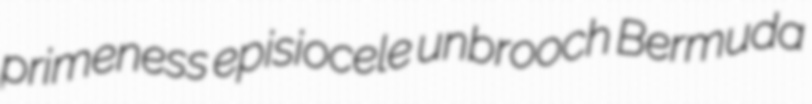
primeness episiocele unbrooch Bermuda